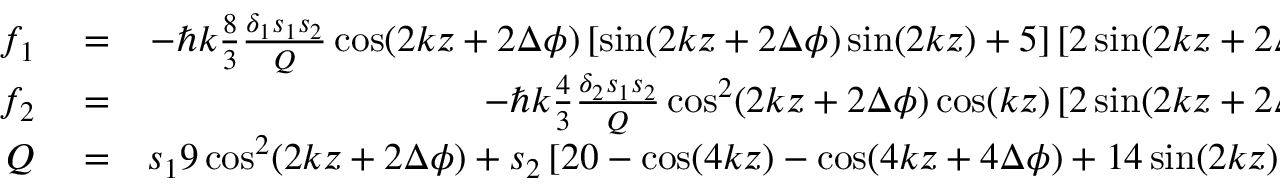
\begin{array} { r l r } { f _ { 1 } } & { { } = } & { - \hbar k \frac { 8 } { 3 } \frac { \delta _ { 1 } s _ { 1 } s _ { 2 } } { Q } \cos ( 2 k z + 2 \Delta \phi ) \left[ \sin ( 2 k z + 2 \Delta \phi ) \sin ( 2 k z ) + 5 \right] \left[ 2 \sin ( 2 k z + 2 \Delta \phi ) + \sin ( 2 k z ) \right] \, , } \\ { f _ { 2 } } & { { } = } & { - \hbar k \frac { 4 } { 3 } \frac { \delta _ { 2 } s _ { 1 } s _ { 2 } } { Q } \cos ^ { 2 } ( 2 k z + 2 \Delta \phi ) \cos ( k z ) \left[ 2 \sin ( 2 k z + 2 \Delta \phi ) + \sin ( 2 k z ) \right] \, , } \\ { Q } & { { } = } & { s _ { 1 } 9 \cos ^ { 2 } ( 2 k z + 2 \Delta \phi ) + s _ { 2 } \left[ 2 0 - \cos ( 4 k z ) - \cos ( 4 k z + 4 \Delta \phi ) + 1 4 \sin ( 2 k z ) \sin ( 2 k z + \Delta \phi ) \right] \, . } \end{array}